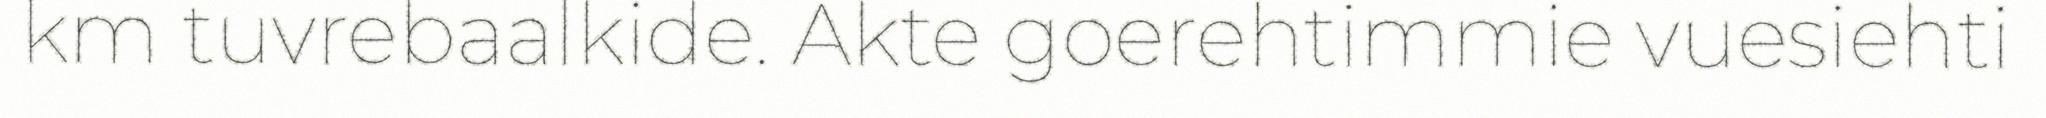
km tuvrebaalkide. Akte goerehtimmie vuesiehti